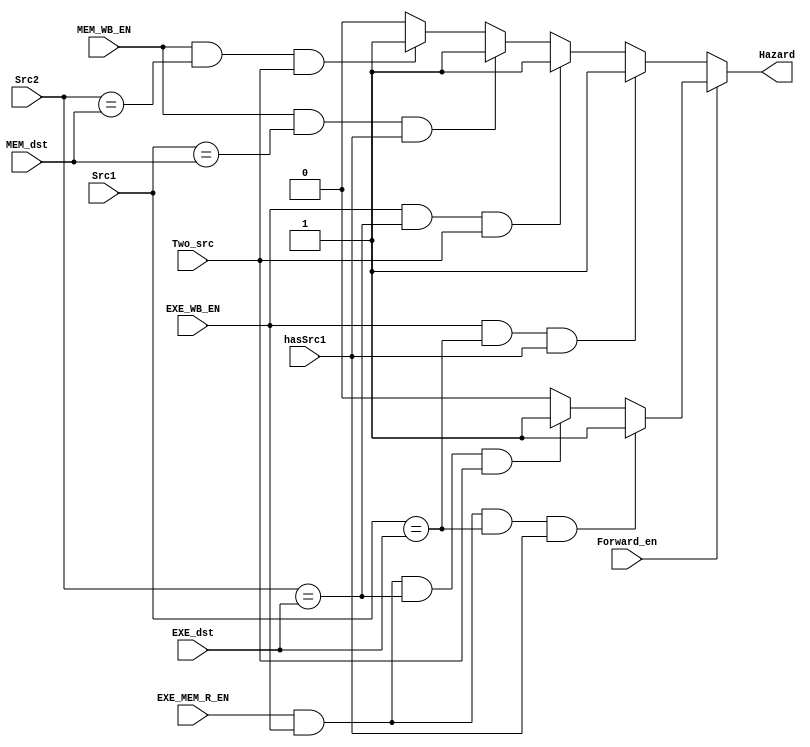
module Hazard_Detection_Unit(
    input EXE_WB_EN, MEM_WB_EN, Two_src, Forward_en, EXE_MEM_R_EN, hasSrc1,
    input [3:0] Src1, Src2, EXE_dst, MEM_dst,
    output reg Hazard
);

    always @(*) begin
        Hazard = 1'b0;
        if (Forward_en == 1'b0) begin
            if ((EXE_WB_EN == 1'b1) && (Src1 == EXE_dst) && (hasSrc1 == 1'b1)) 
                Hazard = 1'b1;
            else if ((EXE_WB_EN == 1'b1) && (Src2 == EXE_dst) && (Two_src == 1'b1)) 
                Hazard = 1'b1;
            else if ((MEM_WB_EN == 1'b1) && (Src1 == MEM_dst) && (hasSrc1 == 1'b1)) 
                Hazard = 1'b1;
            else if ((MEM_WB_EN == 1'b1) && (Src2 == MEM_dst) && (Two_src == 1'b1)) 
                Hazard = 1'b1;
        end
        else begin 
            if ((EXE_MEM_R_EN == 1'b1) && (EXE_WB_EN == 1'b1) && (Src1 == EXE_dst) && (hasSrc1 == 1'b1)) 
                Hazard = 1'b1;
            else if ((EXE_MEM_R_EN == 1'b1) && (EXE_WB_EN == 1'b1) && (Src2 == EXE_dst) && (Two_src == 1'b1)) 
                Hazard = 1'b1;
        end
    end

endmodule